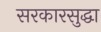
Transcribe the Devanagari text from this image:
सरकारसुद्धा